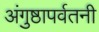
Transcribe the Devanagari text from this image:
अंगुष्ठापर्वतनी